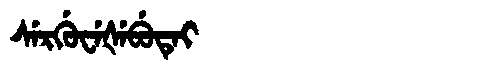
Manchu: ᠰᡝᡵᡤᡠᠸᡝᡧᡝᠪᡠᡨᡝᡳ
Romanization: SERGUWEŠEBUTEI